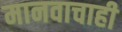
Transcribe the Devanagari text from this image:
मानवाचाही